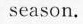
season.